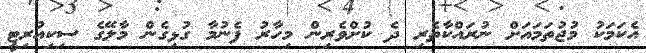
އެކަމަކު މުޖުތަމައަށް ނުރައްކާތެރި ދެ ކުށްވެރިން މިހާރު ފެނުމާ ގުޅިގެން މާލޭގެ ސިކިއުރިޓީ